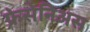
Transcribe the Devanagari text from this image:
फ्रेसेनिअस